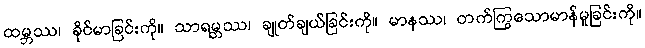
ထမ္ဘဿ၊ ခိုင်မာခြင်းကို။ သာရမ္ဘဿ၊ ချုတ်ချယ်ခြင်းကို။ မာနဿ၊ တက်ကြွသောမာန်မူခြင်းကို။